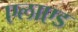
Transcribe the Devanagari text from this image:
एलाएड